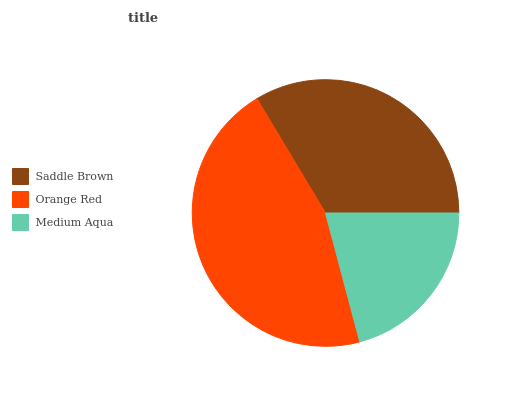
| Saddle Brown | Orange Red | Medium Aqua |
 | --- | --- | --- |
 | 33.6% | 45.5% | 20.9% |